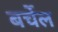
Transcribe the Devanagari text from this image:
बर्चेल